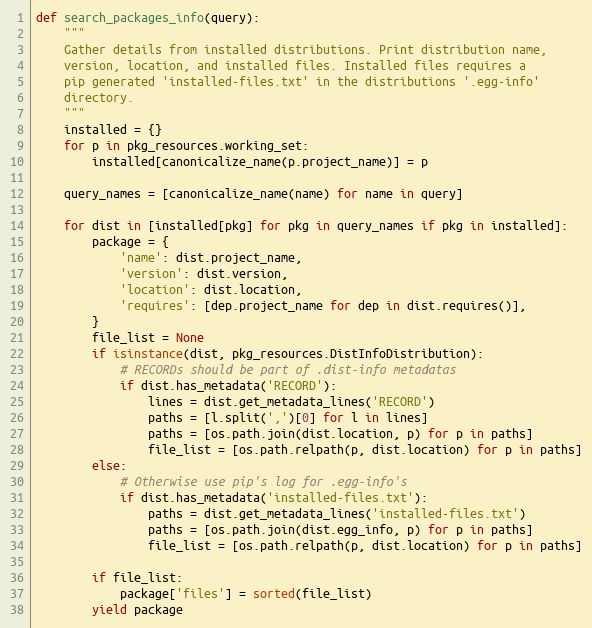
Language: Python
def search_packages_info(query):
    """
    Gather details from installed distributions. Print distribution name,
    version, location, and installed files. Installed files requires a
    pip generated 'installed-files.txt' in the distributions '.egg-info'
    directory.
    """
    installed = {}
    for p in pkg_resources.working_set:
        installed[canonicalize_name(p.project_name)] = p

    query_names = [canonicalize_name(name) for name in query]

    for dist in [installed[pkg] for pkg in query_names if pkg in installed]:
        package = {
            'name': dist.project_name,
            'version': dist.version,
            'location': dist.location,
            'requires': [dep.project_name for dep in dist.requires()],
        }
        file_list = None
        if isinstance(dist, pkg_resources.DistInfoDistribution):
            # RECORDs should be part of .dist-info metadatas
            if dist.has_metadata('RECORD'):
                lines = dist.get_metadata_lines('RECORD')
                paths = [l.split(',')[0] for l in lines]
                paths = [os.path.join(dist.location, p) for p in paths]
                file_list = [os.path.relpath(p, dist.location) for p in paths]
        else:
            # Otherwise use pip's log for .egg-info's
            if dist.has_metadata('installed-files.txt'):
                paths = dist.get_metadata_lines('installed-files.txt')
                paths = [os.path.join(dist.egg_info, p) for p in paths]
                file_list = [os.path.relpath(p, dist.location) for p in paths]

        if file_list:
            package['files'] = sorted(file_list)
        yield package